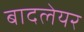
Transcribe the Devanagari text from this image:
बादलेयर